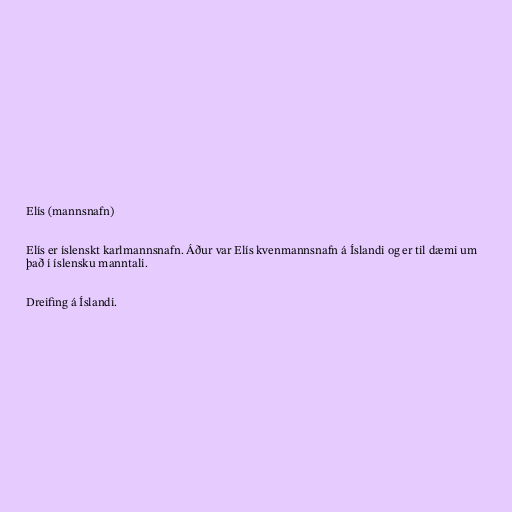
Elís (mannsnafn)

Elís er íslenskt karlmannsnafn. Áður var Elís kvenmannsnafn á Íslandi og er til dæmi um
það í íslensku manntali.

Dreifing á Íslandi.